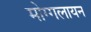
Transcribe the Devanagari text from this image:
मोग्गलायन